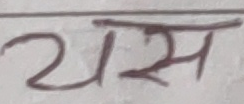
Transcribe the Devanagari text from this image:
यमस